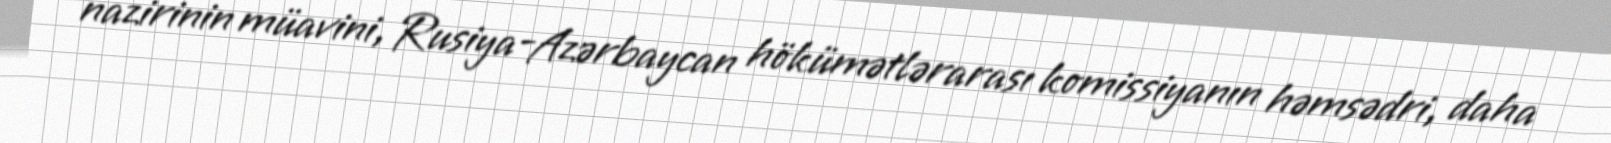
nazirinin müavini, Rusiya-Azərbaycan hökümətlərarası komissiyanın həmsədri, daha